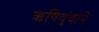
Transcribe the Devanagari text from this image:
ऋषिवृंदाने